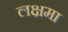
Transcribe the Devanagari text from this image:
लक्षमा